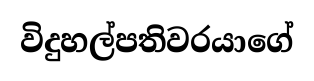
විදුහල්පතිවරයාගේ